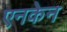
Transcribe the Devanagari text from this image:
एनकेन